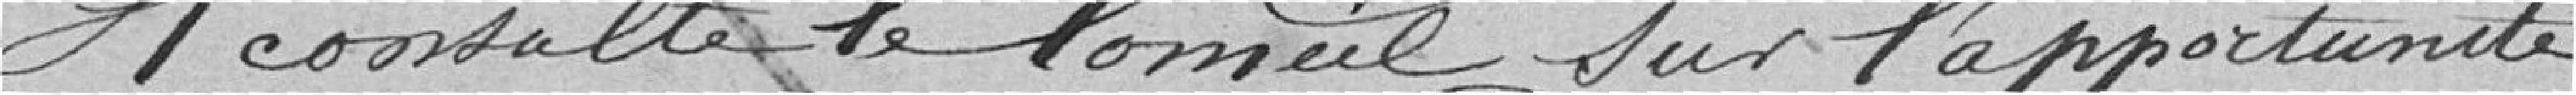
Il consulte le Conseil sur l'opportunité